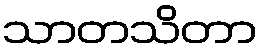
သာတသိတာ